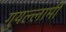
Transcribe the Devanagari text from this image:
गुयल्लामी